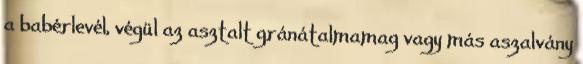
a babérlevél, végül az asztalt gránátalmamag vagy más aszalvány